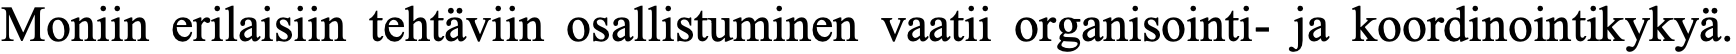
Moniin erilaisiin tehtäviin osallistuminen vaatii organisointi- ja koordinointikykyä.